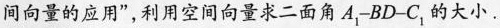
间向量的应用”，利用空间向量求二面角A_{1}-BD-C_{1}的大小.